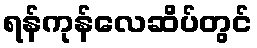
ရန်ကုန်လေဆိပ်တွင်